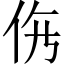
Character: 𱎩